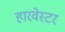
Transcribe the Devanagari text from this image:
हारवेस्टर